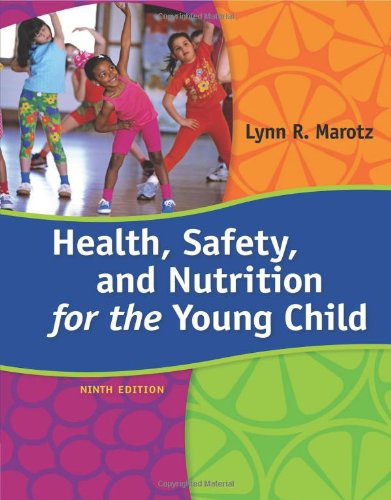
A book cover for Health, Safety, and Nutrition for the Young Child, 9th Edition; Lynn R Marotz; Education & Teaching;